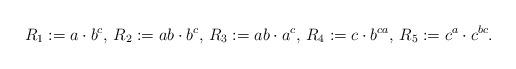
LaTeX: \begin{align*}R_1 := a \cdot b^c, \, R_2 := ab \cdot b^c, \, R_3 := ab \cdot a^c, \, R_4 := c \cdot b^{ca}, \, R_5 := c^a\cdot c^{bc}. \end{align*}